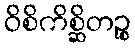
ဝိစိကိစ္ဆိတဉ္စ